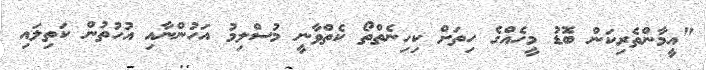
"އީމާންތެރިކަން ބޮޑު މީހެއްގެ ހިތަށް ކިހިނެތްތޯ ކެތްވާނީ މުސްލިމު އަހުންނާއި އުހުތުން ކަތިލައި